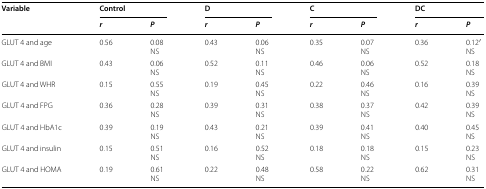
<table><thead><tr><td rowspan="2"><b>Variable</b></td><td colspan="2"><b>Control</b></td><td colspan="2"><b>D</b></td><td colspan="2"><b>C</b></td><td colspan="2"><b>DC</b></td></tr><tr><td><b><i>r</i></b></td><td><b><i>P</i></b></td><td><b><i>r</i></b></td><td><b><i>P</i></b></td><td><b><i>r</i></b></td><td><b><i>P</i></b></td><td><b><i>r</i></b></td><td><b><i>P</i></b></td></tr></thead><tbody><tr><td>GLUT 4 and age</td><td>0.56</td><td>0.08 NS</td><td>0.43</td><td>0.06 NS</td><td>0.35</td><td>0.07 NS</td><td>0.36</td><td>0.12′NS</td></tr><tr><td>GLUT 4 and BMI</td><td>0.43</td><td>0.06 NS</td><td>0.52</td><td>0.11 NS</td><td>0.46</td><td>0.06 NS</td><td>0.52</td><td>0.18 NS</td></tr><tr><td>GLUT 4 and WHR</td><td>0.15</td><td>0.55 NS</td><td>0.19</td><td>0.45 NS</td><td>0.22</td><td>0.46 NS</td><td>0.16</td><td>0.39 NS</td></tr><tr><td>GLUT 4 and FPG</td><td>0.36</td><td>0.28 NS</td><td>0.39</td><td>0.31 NS</td><td>0.38</td><td>0.37 NS</td><td>0.42</td><td>0.39 NS</td></tr><tr><td>GLUT 4 and HbA1c</td><td>0.39</td><td>0.19 NS</td><td>0.43</td><td>0.21 NS</td><td>0.39</td><td>0.41 NS</td><td>0.40</td><td>0.45 NS</td></tr><tr><td>GLUT 4 and insulin</td><td>0.15</td><td>0.51 NS</td><td>0.16</td><td>0.52 NS</td><td>0.18</td><td>0.18 NS</td><td>0.15</td><td>0.23 NS</td></tr><tr><td>GLUT 4 and HOMA</td><td>0.19</td><td>0.61 NS</td><td>0.22</td><td>0.48 NS</td><td>0.58</td><td>0.22 NS</td><td>0.62</td><td>0.31 NS</td></tr></tbody></table>